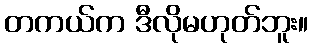
တကယ်က ဒီလိုမဟုတ်ဘူး။